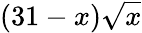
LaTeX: (31-x)\sqrt{x}